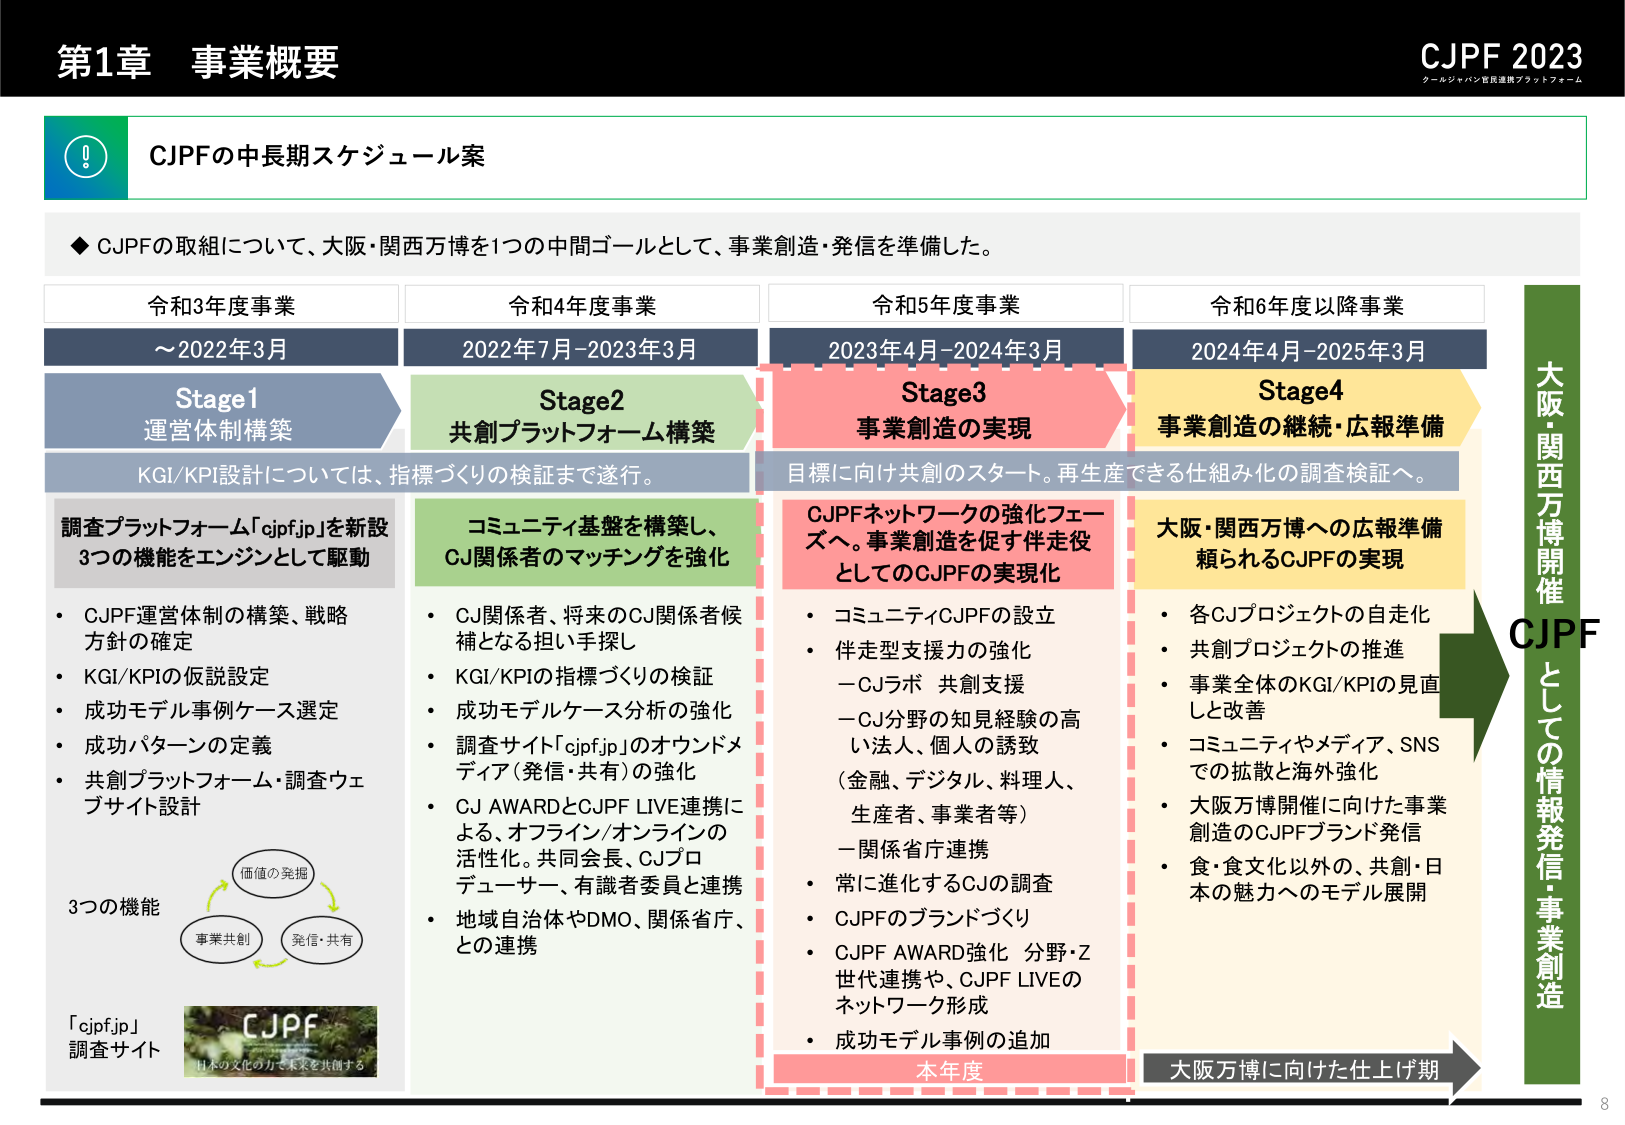
第1章 事業概要

CJPF 2023
クールジャパン官民連携プラットフォーム

CJPFの中長期スケジュール案

◆ CJPFの取組について、大阪・関西万博を1つの中間ゴールとして、事業創造・発信を準備した。

令和3年度事業
～2022年3月
Stage1
運営体制構築

令和4年度事業
2022年7月-2023年3月
Stage2
共創プラットフォーム構築

令和5年度事業
2023年4月-2024年3月
Stage3
事業創造の実現

令和6年度以降事業
2024年4月-2025年3月
Stage4
事業創造の継続・広報準備

KGI/KPI設計については、指標づくりの検証まで遂行。

調査プラットフォーム「cjpf.jp」を新設
3つの機能をエンジンとして駆動

・CJPF運営体制の構築、戦略方針の確定
・KGI/KPIの仮説設定
・成功モデル事例ケース選定
・成功パターンの定義
・共創プラットフォーム・調査ウェブサイト設計

コミュニティ基盤を構築し、
CJ関係者のマッチングを強化

・CJ関係者、将来のCJ関係者候補となる担い手探し
・KGI/KPIの指標づくりの検証
・成功モデルケース分析の強化
・調査サイト「cjpf.jp」のオウンドメディア（発信・共有）の強化
・CJ AWARDとCJPF LIVE連携による、オフライン/オンラインの活性化。共同会長、CJプロデューサー、有識者委員と連携
・地域自治体やDMO、関係省庁、との連携

CJPFネットワークの強化フェーズへ。事業創造を促す伴走役としてのCJPFの実現化

・コミュニティCJPFの設立
・伴走型支援力の強化
　－CJラボ 共創支援
　－CJ分野の知見経験の高い法人、個人の誘致（金融、デジタル、料理人、生産者、事業者等）
　－関係省庁連携
・常に進化するCJの調査
・CJPFのブランドづくり
・CJPF AWARD強化 分野・Z世代連携や、CJPF LIVEのネットワーク形成
・成功モデル事例の追加

大阪・関西万博への広報準備頼られるCJPFの実現

・各CJプロジェクトの自走化
・共創プロジェクトの推進
・事業全体のKGI/KPIの見直しと改善
・コミュニティやメディア、SNSでの拡散と海外強化
・大阪万博開催に向けた事業創造のCJPFブランド発信
・食・食文化以外の、共創・日本の魅力へのモデル展開

大阪・関西万博開催
CJPFとしての情報発信・事業創造

本年度
大阪万博に向けた仕上げ期

3つの機能
価値の発掘
事業共創
発信・共有

「cjpf.jp」
調査サイト

CJPF
日本の文化の力で未来を共創する

8